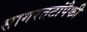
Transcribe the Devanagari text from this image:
सागरतटांपैकी